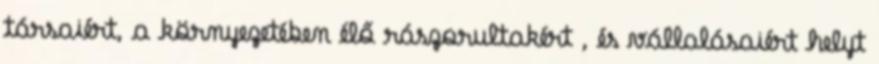
társaiért, a környezetében élő rászorultakért , és vállalásaiért helyt